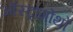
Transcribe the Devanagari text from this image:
ऑस्ट्रोगोथों